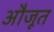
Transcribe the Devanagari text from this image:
औजूत